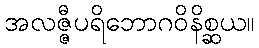
အလဇ္ဇီပရိဘောဂဝိနိစ္ဆယ။